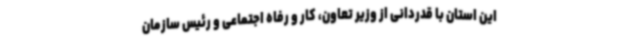
این استان با قدردانی از وزیر تعاون، کار و رفاه اجتماعی و رئیس سازمان